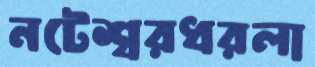
নটেশ্বরধরলা